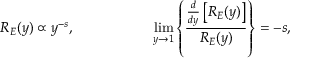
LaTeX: R _ { E } ( y ) \propto y ^ { - s } , ~ ~ ~ ~ ~ ~ ~ ~ ~ ~ ~ ~ ~ ~ ~ ~ \operatorname * { l i m } _ { y \rightarrow 1 } \left\{ \frac { \frac { d } { d y } \left[ R _ { E } ( y ) \right] } { R _ { E } ( y ) } \right\} = - s ,